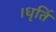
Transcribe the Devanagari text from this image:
।धृतिं